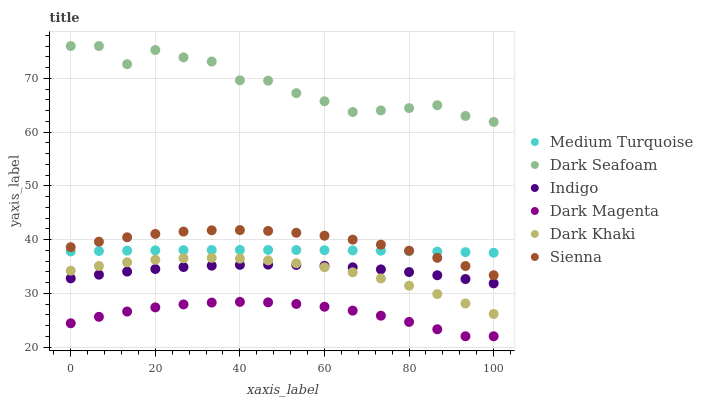
| xaxis_label | Medium Turquoise | Dark Seafoam | Indigo | Dark Magenta | Dark Khaki | Sienna |
 | --- | --- | --- | --- | --- | --- | --- |
 | 0 | 37.8 | 76 | 32.8 | 24.4 | 34.2 | 38.6 |
 | 6.67 | 37.9 | 76 | 33.5 | 25.6 | 35.1 | 39.6 |
 | 13.3 | 37.9 | 72.6 | 34 | 26.6 | 35.8 | 40.4 |
 | 20 | 38 | 75.3 | 34.5 | 27.4 | 36.2 | 41 |
 | 26.7 | 38 | 73.9 | 34.9 | 27.9 | 36.5 | 41.5 |
 | 33.3 | 38 | 73.1 | 35.1 | 28.3 | 36.6 | 41.7 |
 | 40 | 38.1 | 69.6 | 35.3 | 28.4 | 36.4 | 41.8 |
 | 46.7 | 38.1 | 69.6 | 35.3 | 28.3 | 36.1 | 41.6 |
 | 53.3 | 38 | 67.2 | 35.3 | 28 | 35.6 | 41.3 |
 | 60 | 38 | 65.7 | 35.1 | 27.5 | 34.8 | 40.7 |
 | 66.7 | 38 | 63.7 | 34.8 | 26.8 | 33.9 | 40 |
 | 73.3 | 37.9 | 64 | 34.4 | 25.8 | 32.7 | 39 |
 | 80 | 37.8 | 64.4 | 33.9 | 24.7 | 31.4 | 37.9 |
 | 86.7 | 37.8 | 65 | 33.3 | 23.3 | 29.9 | 36.6 |
 | 93.3 | 37.7 | 63 | 32.6 | 22 | 28.1 | 35.1 |
 | 100 | 37.5 | 61.9 | 31.8 | 22 | 26.1 | 33.4 |